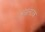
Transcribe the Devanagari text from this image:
श्रृंखलातक